Dysentery in Hazaribagh Central Jail - Number 52
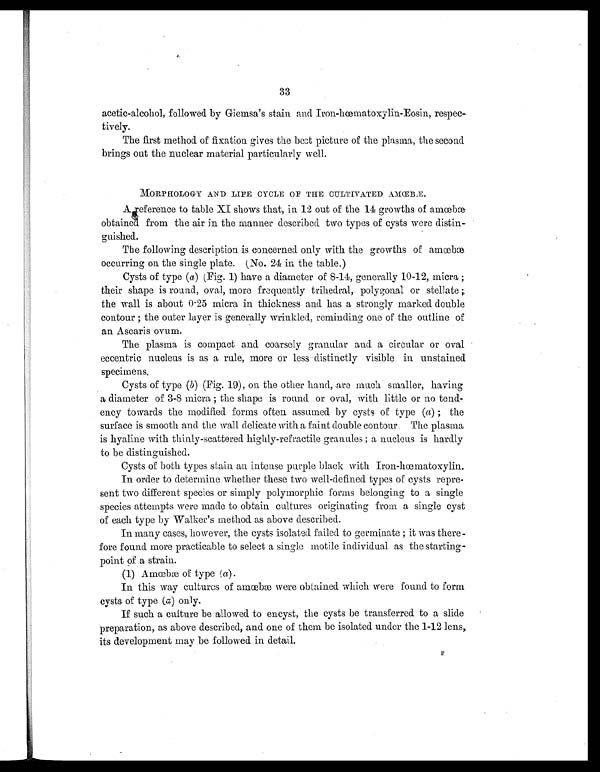
33
acetic-alcohol, followed by Giemsa's stain and Iron-hœmatoxylin-Eosin, respec-
tively.
The first method of fixation gives the best picture of the plasma, the second
brings out the nuclear material particularly well.
MORPHOLOGY AND LIFE CYCLE OF THE CULTIVATED AMŒBÆ.
A reference to table XI shows that, in 12 out of the 14 growths of amœbæ
obtained from the air in the manner described two types of cysts were distin
-guished.
The following description is concerned only with the growths of amœbæ
occurring on the single plate. (No. 24 in the table.)
Cysts of type ( a) (Fig. 1) have a diameter of 8-14, generally 10-12, micra ;
their shape is round, oval, more frequently trihedral, polygonal or stellate ;
the wall is about 0 . 25 micra in thickness and has a strongly marked double
contour ; the outer layer is generally wrinkled, reminding one of the outline of
an Ascaris ovum.
The plasma is compact and coarsely granular and a circular or oval
eccentric nucleus is as a rule, more or less distinctly visible in unstained
specimens.
Cysts of type ( b) (Fig. 19), on the other hand, are much smaller, having
a diameter of 3-8 micra ; the shape is round or oval, with little or no tend-
ency towards the modified forms often assumed by cysts or type (a) ; the
surface is smooth and the wall delicate with a faint double contour The plasma
is hyaline with thinly-scattered highly-retractile granules ; a nucleus is hardly
to be distinguished.
Cysts of both types stain an intense purple black with Iron-hœmatoxylin.
In order to determine whether these two well-defined types or cysts repre-
sent two different species or simply polymorphic forms belonging to a single
species attempts were made to obtain cultures originating from a single cyst
of each type by Walker's method as above described.
In many cases, however, the cysts isolated failed to germinate ; it was there-
fore found more practicable to select a single motile individual as the starting-
point of a strain.
(1) Amœbæ of type ( a).
In this way cultures of amœbæ were obtained which were found to form
cysts of type (a) only.
If such a culture be allowed to encyst, the cysts be transferred to a slide
preparation, as above described, and one of them be isolated under the 1-12 lens,
its development may be followed in detail.
F